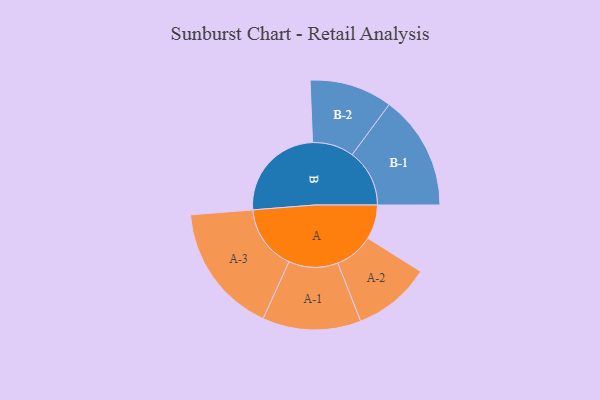
{"axis": {"x": "Segment", "y": "Value"}, "legend": ["", "A", "B"], "data": [{"x": "A", "y": 153, "type": ""}, {"x": "B", "y": 439, "type": ""}, {"x": "A-1", "y": 219, "type": "A"}, {"x": "A-2", "y": 173, "type": "A"}, {"x": "A-3", "y": 290, "type": "A"}, {"x": "B-1", "y": 255, "type": "B"}, {"x": "B-2", "y": 184, "type": "B"}]}